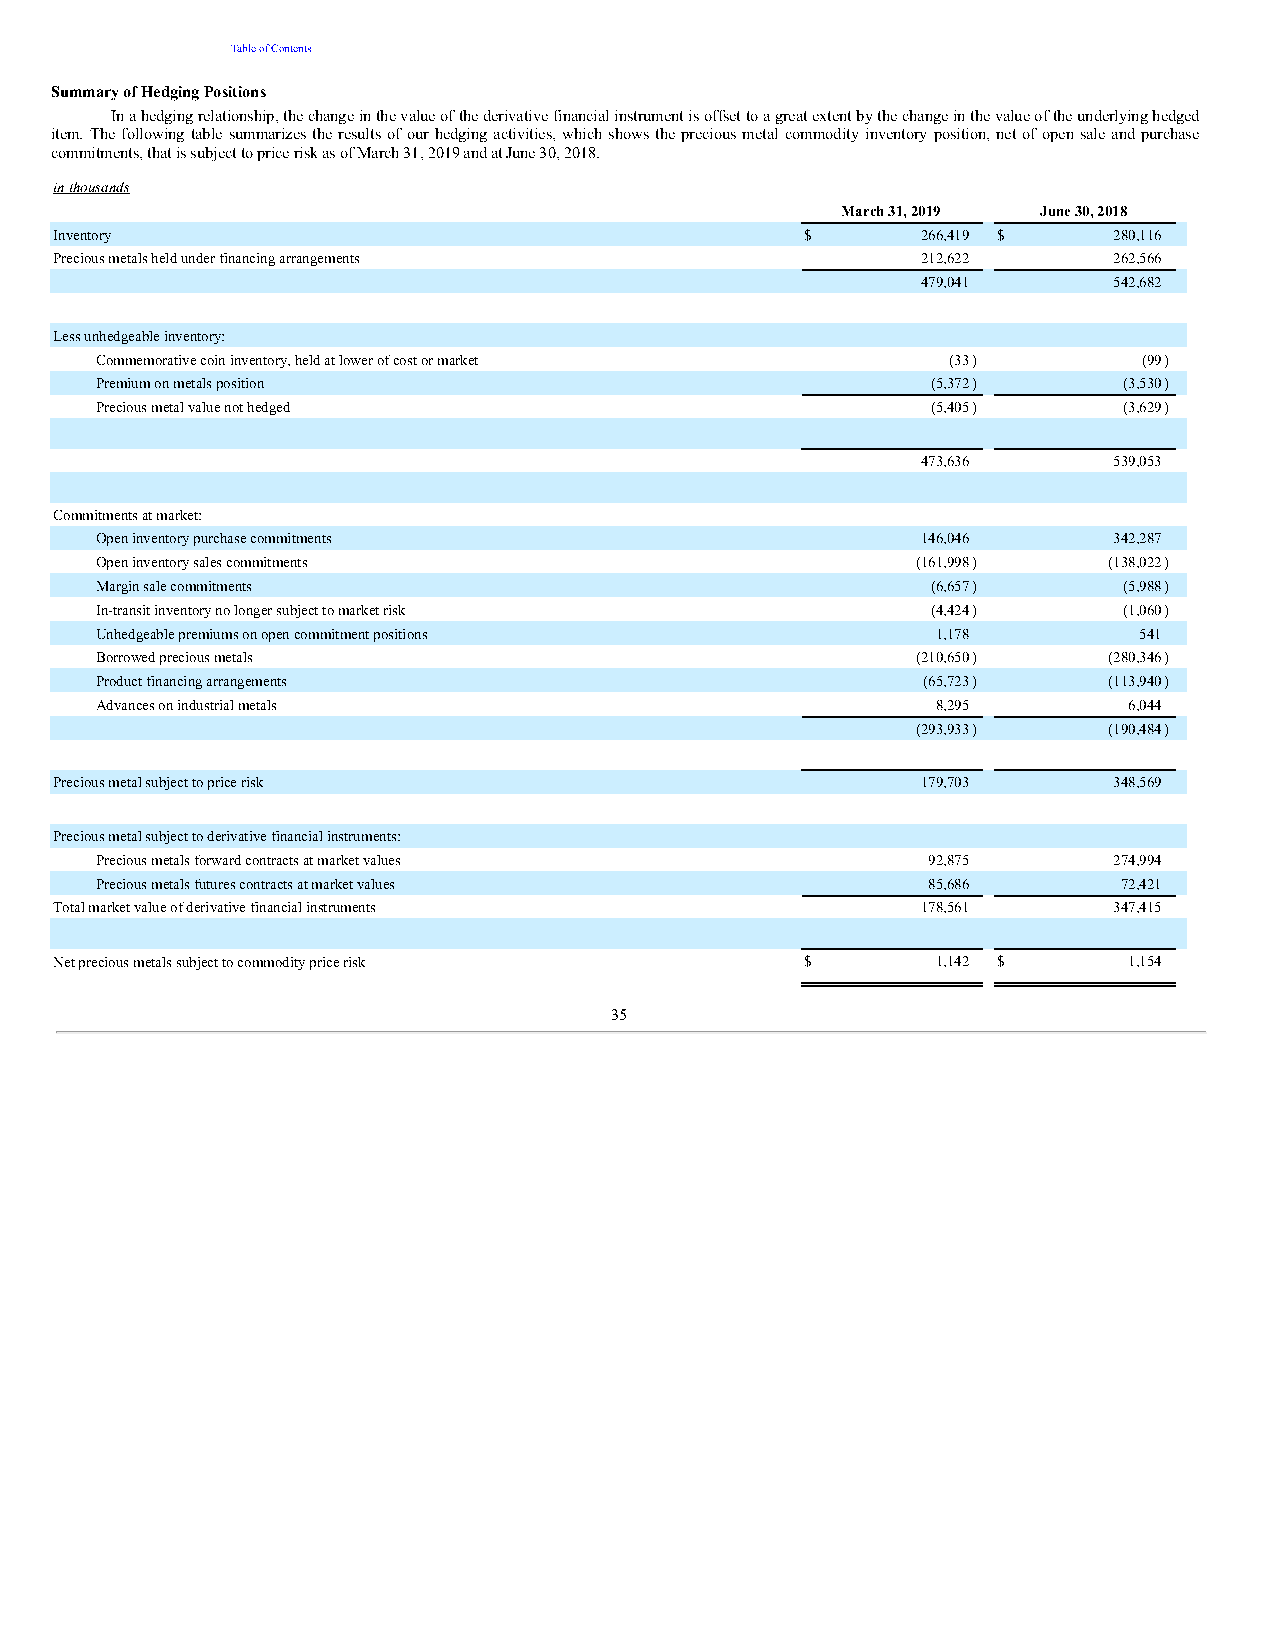
Table of Contents
 Summary of Hedging Positions
 In a hedging relationship, the change in the value of the derivative financial instrument is offset to a great extent by the change in the value of the underlying hedged
 item. The following table summarizes the results of our hedging activities, which shows the precious metal commodity inventory position, net of open sale and purchase
 commitments, that is subject to price risk as of March 31, 2019 and at June 30, 2018.
 in thousands
 March 31, 2019 June 30, 2018
 Inventory                                        $       266,419 $    280,116
 Precious metals held under financing arrangements        212,622      262,566
 479,041      542,682
 Less unhedgeable inventory:
 Commemorative coin inventory, held at lower of cost or market (33)    (99)
 Premium on metals position                              (5,372)     (3,530)
 Precious metal value not hedged                         (5,405)     (3,629)
 473,636      539,053
 Commitments at market:
 Open inventory purchase commitments                    146,046      342,287
 Open inventory sales commitments                       (161,998)   (138,022)
 Margin sale commitments                                 (6,657)     (5,988)
 In-transit inventory no longer subject to market risk   (4,424)     (1,060)
 Unhedgeable premiums on open commitment positions       1,178        541
 Borrowed precious metals                               (210,650)   (280,346)
 Product financing arrangements                         (65,723)    (113,940)
 Advances on industrial metals                           8,295        6,044
 (293,933)   (190,484)
 Precious metal subject to price risk                     179,703      348,569
 Precious metal subject to derivative financial instruments:
 Precious metals forward contracts at market values     92,875       274,994
 Precious metals futures contracts at market values     85,686       72,421
 Total market value of derivative financial instruments   178,561      347,415
 Net precious metals subject to commodity price risk $     1,142 $      1,154
 35